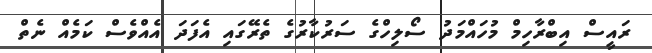
ރައީސް އިބްރާހިމް މުހައްމަދު ސޯލިހްގެ ސަރުކާރުގެ ތެރޭގައި އެފަދަ އެއްވެސް ކަމެއް ނެތް